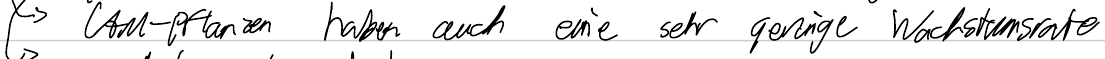
-> CAM-Pflanzen haben auch eine sehr geringe Wachstumsrate